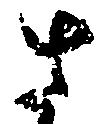
さ